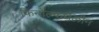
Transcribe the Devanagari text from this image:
फिनोल्फथैलीन